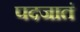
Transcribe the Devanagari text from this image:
पदजातं